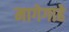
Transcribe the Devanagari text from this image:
मागेगाहे